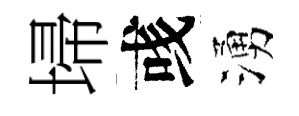
埽彧湧